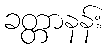
ခတ္တာနန်း